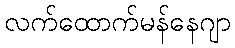
လက်ထောက်မန်နေဂျာ